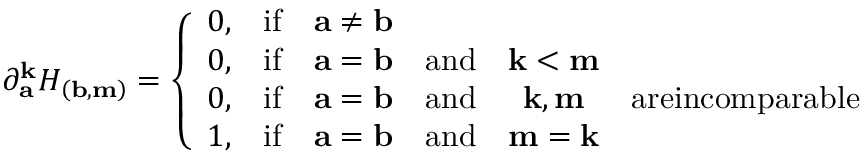
\partial _ { \mathbf { a } } ^ { \mathbf { k } } H _ { \left( \mathbf { b , m } \right) } = \left\{ \begin{array} { c c c c c c } { 0 , } & { \mathrm { i f } } & { \mathbf { a \neq b } } & & & \\ { 0 , } & { \mathrm { i f } } & { \mathbf { a = b } } & { \mathrm { a n d } } & { \mathbf { k < m } } & \\ { 0 , } & { \mathrm { i f } } & { \mathbf { a = b } } & { \mathrm { a n d } } & { \mathbf { k , m } } & { \mathrm { a r e i n c o m p a r a b l e } } \\ { 1 , } & { \mathrm { i f } } & { \mathbf { a = b } } & { \mathrm { a n d } } & { \mathbf { m = k } } & \end{array} \right.